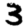
Digit: 3